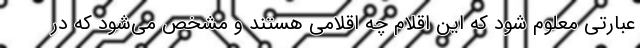
عبارتی معلوم شود که این اقلام چه اقلامی هستند و مشخص می‌شود که در